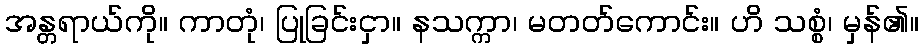
အန္တရာယ်ကို။ ကာတုံ၊ ပြုခြင်းငှာ။ နသက္ကာ၊ မတတ်ကောင်း။ ဟိ သစ္စံ၊ မှန်၏။